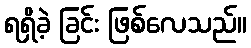
ရရှိခဲ့ ခြင်း ဖြစ်လေသည်။